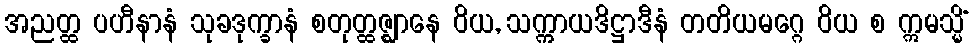
အညတ္ထ ပဟီနာနံ သုခဒုက္ခာနံ စတုတ္ထဇ္ဈာနေ ဝိယ, သက္ကာယဒိဋ္ဌာဒီနံ တတိယမဂ္ဂေ ဝိယ စ ဣမသ္မိံ